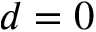
d = 0